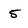
Character: 5